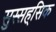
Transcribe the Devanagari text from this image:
सुस्सह्सिक